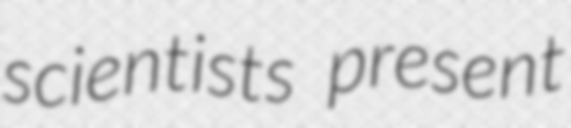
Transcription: scientists present